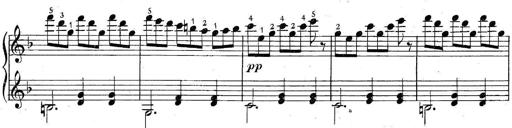
Title: 6 Easy Sonatinas
Composer: Carl Czerny